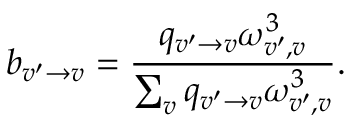
b _ { v ^ { \prime } \rightarrow v } = \frac { q _ { v ^ { \prime } \rightarrow v } \omega _ { v ^ { \prime } , v } ^ { 3 } } { \sum _ { v } q _ { v ^ { \prime } \rightarrow v } \omega _ { v ^ { \prime } , v } ^ { 3 } } .